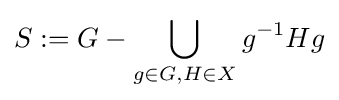
S:=G-\bigcup _{g\in G,H\in X}g^{-1}Hg